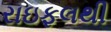
રાઇફલથી